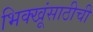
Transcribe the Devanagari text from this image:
भिक्खूंसाठीची